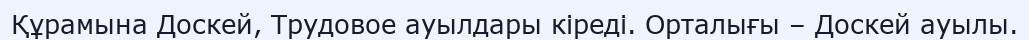
Құрамына Доскей, Трудовое ауылдары кіреді. Орталығы – Доскей ауылы.